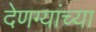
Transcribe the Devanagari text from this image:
देणग्यांच्या